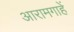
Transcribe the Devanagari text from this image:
आरामगाहें